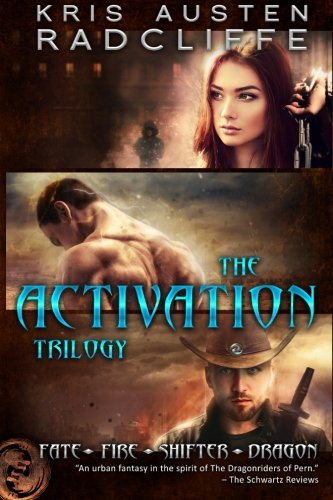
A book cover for The Activation Trilogy (Fate Fire Shifter Dragon); Kris Austen Radcliffe; Science Fiction & Fantasy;